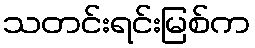
သတင်းရင်းမြစ်က